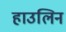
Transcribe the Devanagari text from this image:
हाउलिन